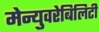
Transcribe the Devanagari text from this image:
मेन्युवरेबिलिटी